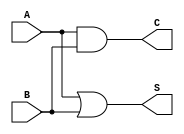
module threshold_half_adder (
    input wire A,  // First binary input
    input wire B,  // Second binary input
    output wire S, // Sum output
    output wire C  // Carry output
);

// Sum output: S = 1 if (A + B) >= 1, else S = 0
assign S = (A | B); // S is high if at least one of A or B is high

// Carry output: C = 1 if (A + B) >= 2, else C = 0
assign C = A & B; // C is high if both A and B are high

endmodule